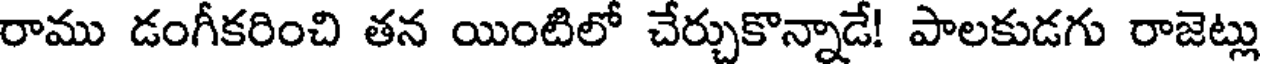
రాము డంగీకరించి తన యింటిలో చేర్చుకొన్నాడే! పాలకుడగు రాజెట్లు